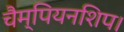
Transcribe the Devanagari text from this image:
चैम्पियनशिप।